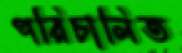
পরিচালিত